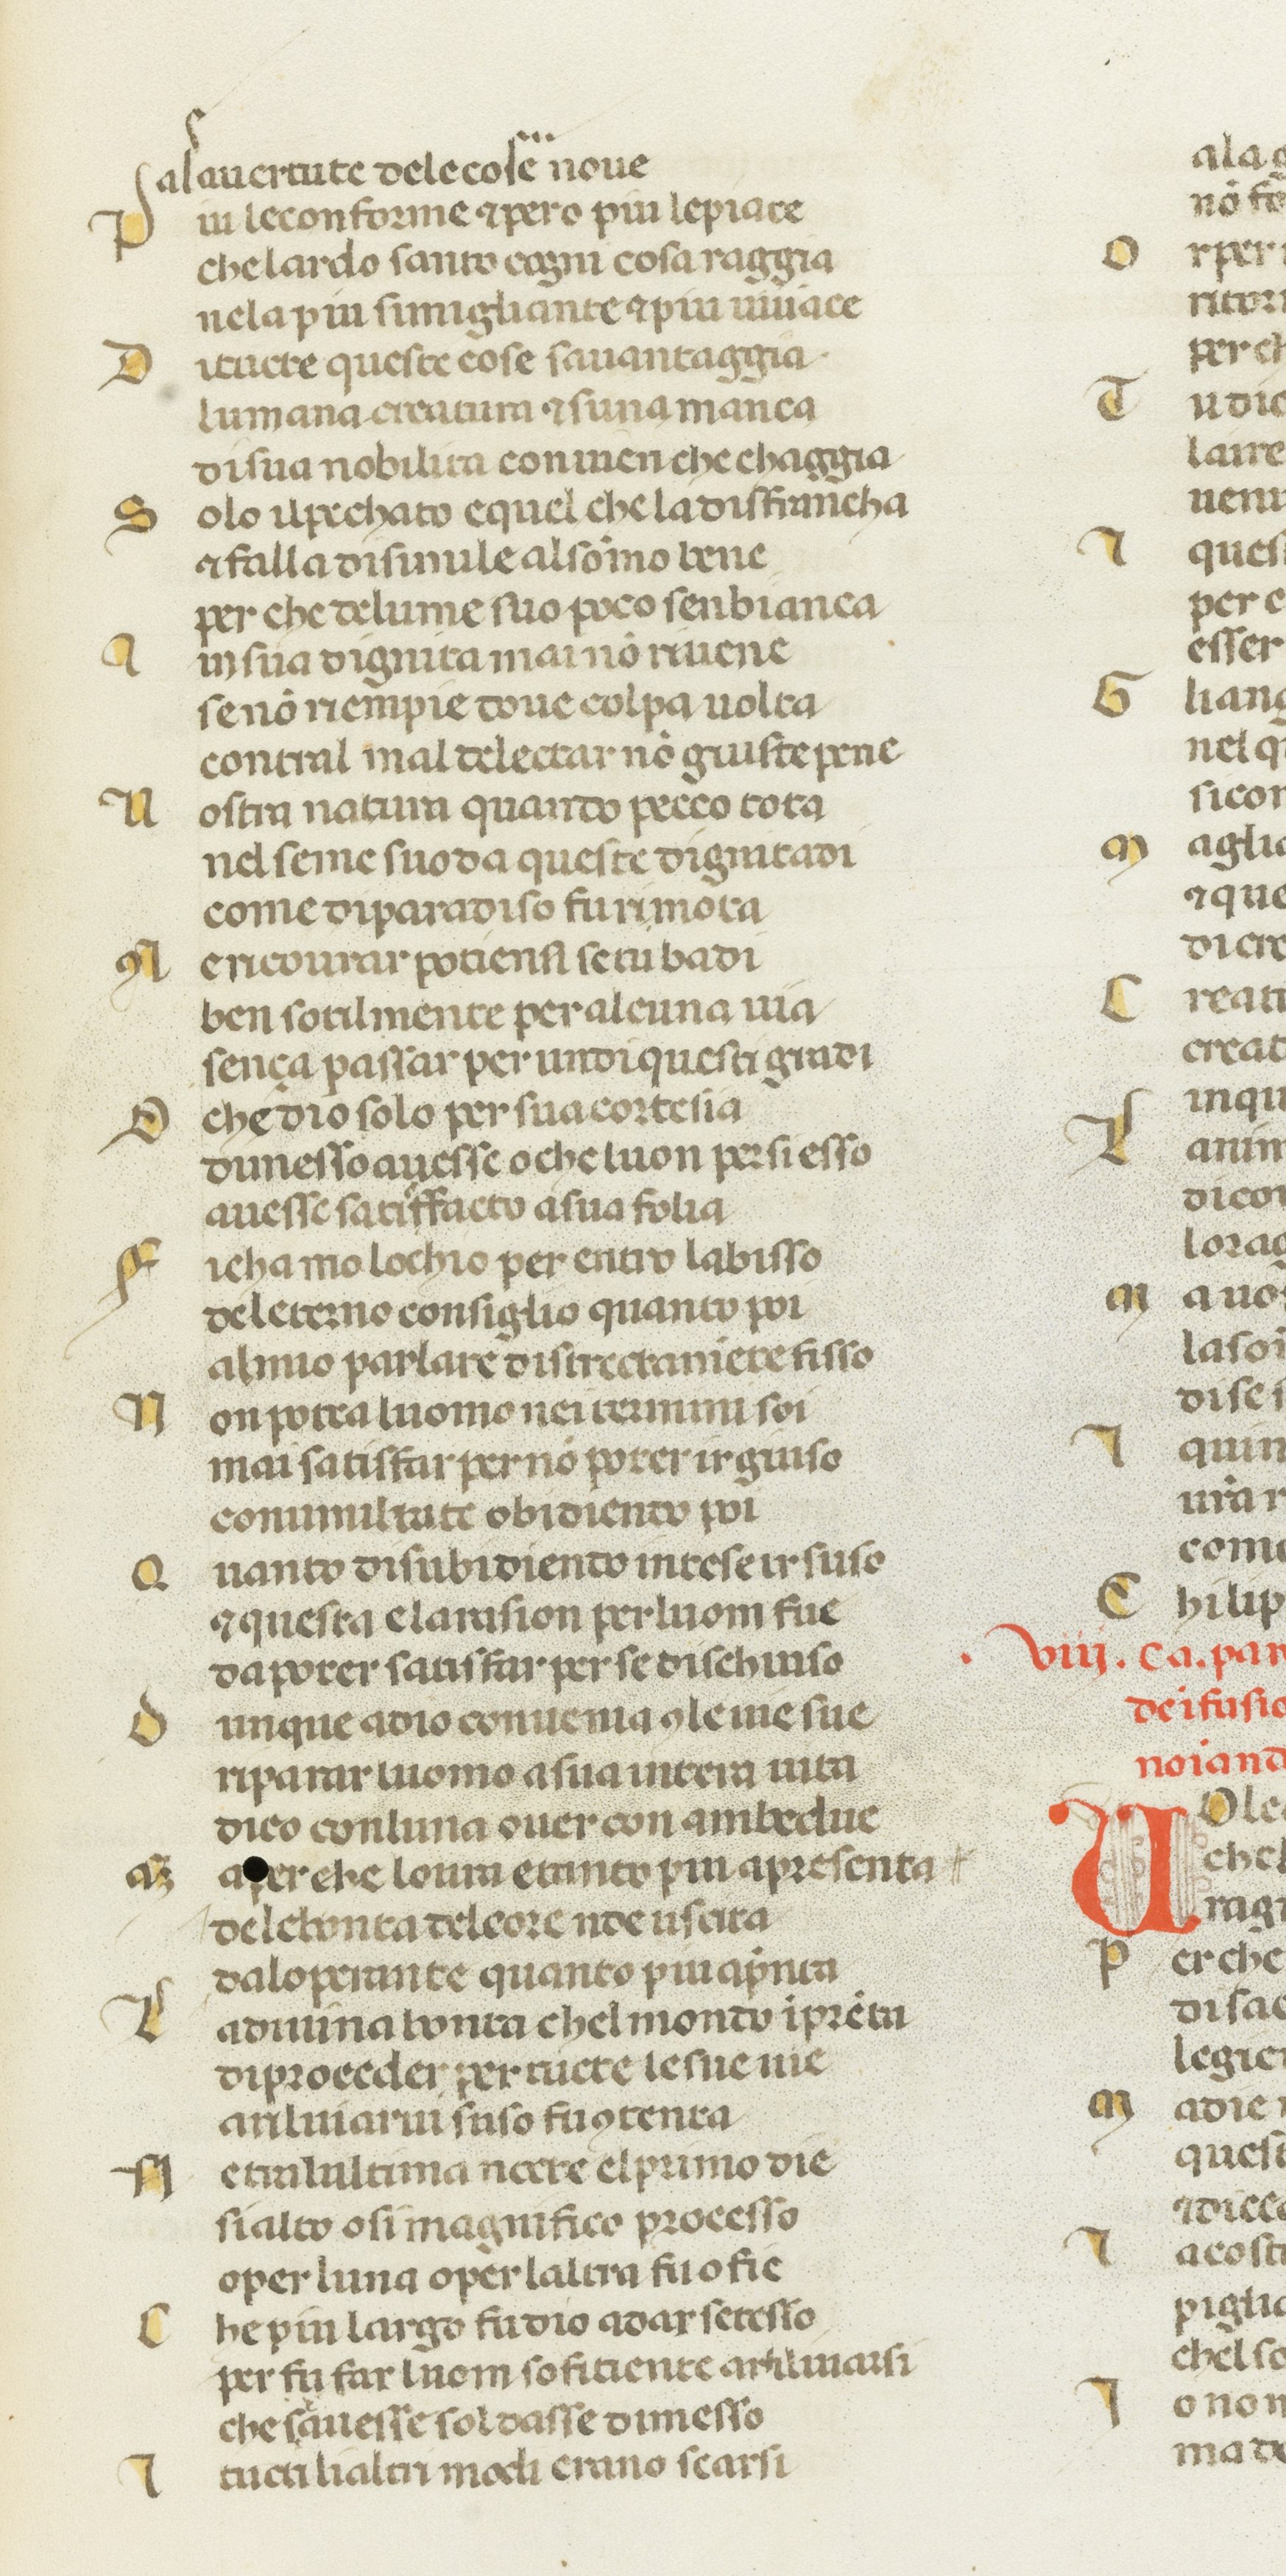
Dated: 1378–1378